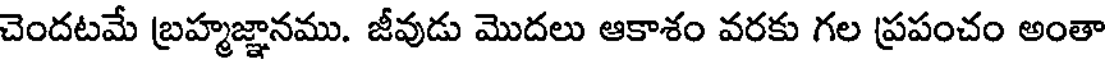
చెందటమే బ్రహ్మజ్ఞానము. జీవుడు మొదలు ఆకాశం వరకు గల ప్రపంచం అంతా